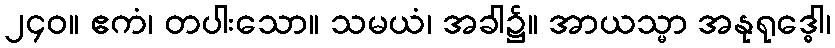
၂၄၀။ ဧကံ၊ တပါးသော။ သမယံ၊ အခါ၌။ အာယသ္မာ အနုရုဒ္ဓေါ၊